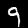
Digit: 9